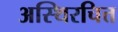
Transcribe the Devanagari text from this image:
अस्थिरचित्त